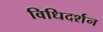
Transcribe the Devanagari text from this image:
विधिदर्शन